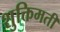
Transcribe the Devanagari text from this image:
शुक्तिमती